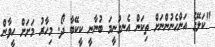
"ކަލޭގެ އަންހެނުންނަށް ތިކަން އެނގުނީމަ ބުނާނީ ކީކޭބާ ދޯ. މިހާރު މަށަށް ހީވާން